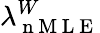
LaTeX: \lambda_{\mathrm{~n~M~L~E~}}^{W}